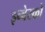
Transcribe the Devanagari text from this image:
इन्वेस्को